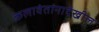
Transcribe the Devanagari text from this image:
कलावंतांनादेखील